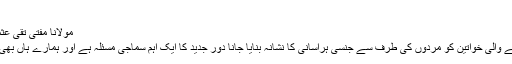
(۲)
مولانا مفتی تقی عثمانی کی “اسلام اینڈ پالیٹکس’’ کی تقریب رونمائی
معاشرتی زندگی کے مختلف دائروں میں کام کرنے والی خواتین کو مردوں کی طرف سے جنسی ہراسانی کا نشانہ بنایا جانا دور جدید کا ایک اہم سماجی مسئلہ ہے اور ہمارے ہاں بھی وقتاً‌ فوقتاً‌ یہ بحث موضوع گفتگو بنتی رہتی ہے۔